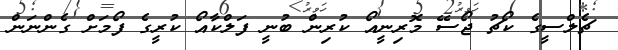
ޗެލްސީގެ ކޯޗު ޖޯސޭ މޮރިނީއޯ ކުރިން ބުނީ ފަލްކާއޯ ކުރީގެ ފޯމަށް ގެންނަން